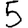
Digit: 5